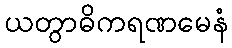
ယတွာဓိကရဏမေနံ